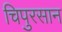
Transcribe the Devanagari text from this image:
चिपुरसान